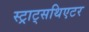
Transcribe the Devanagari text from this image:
स्ट्राट्सथिएटर